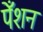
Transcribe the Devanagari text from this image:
पेँशन